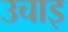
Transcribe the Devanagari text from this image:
उचाइ